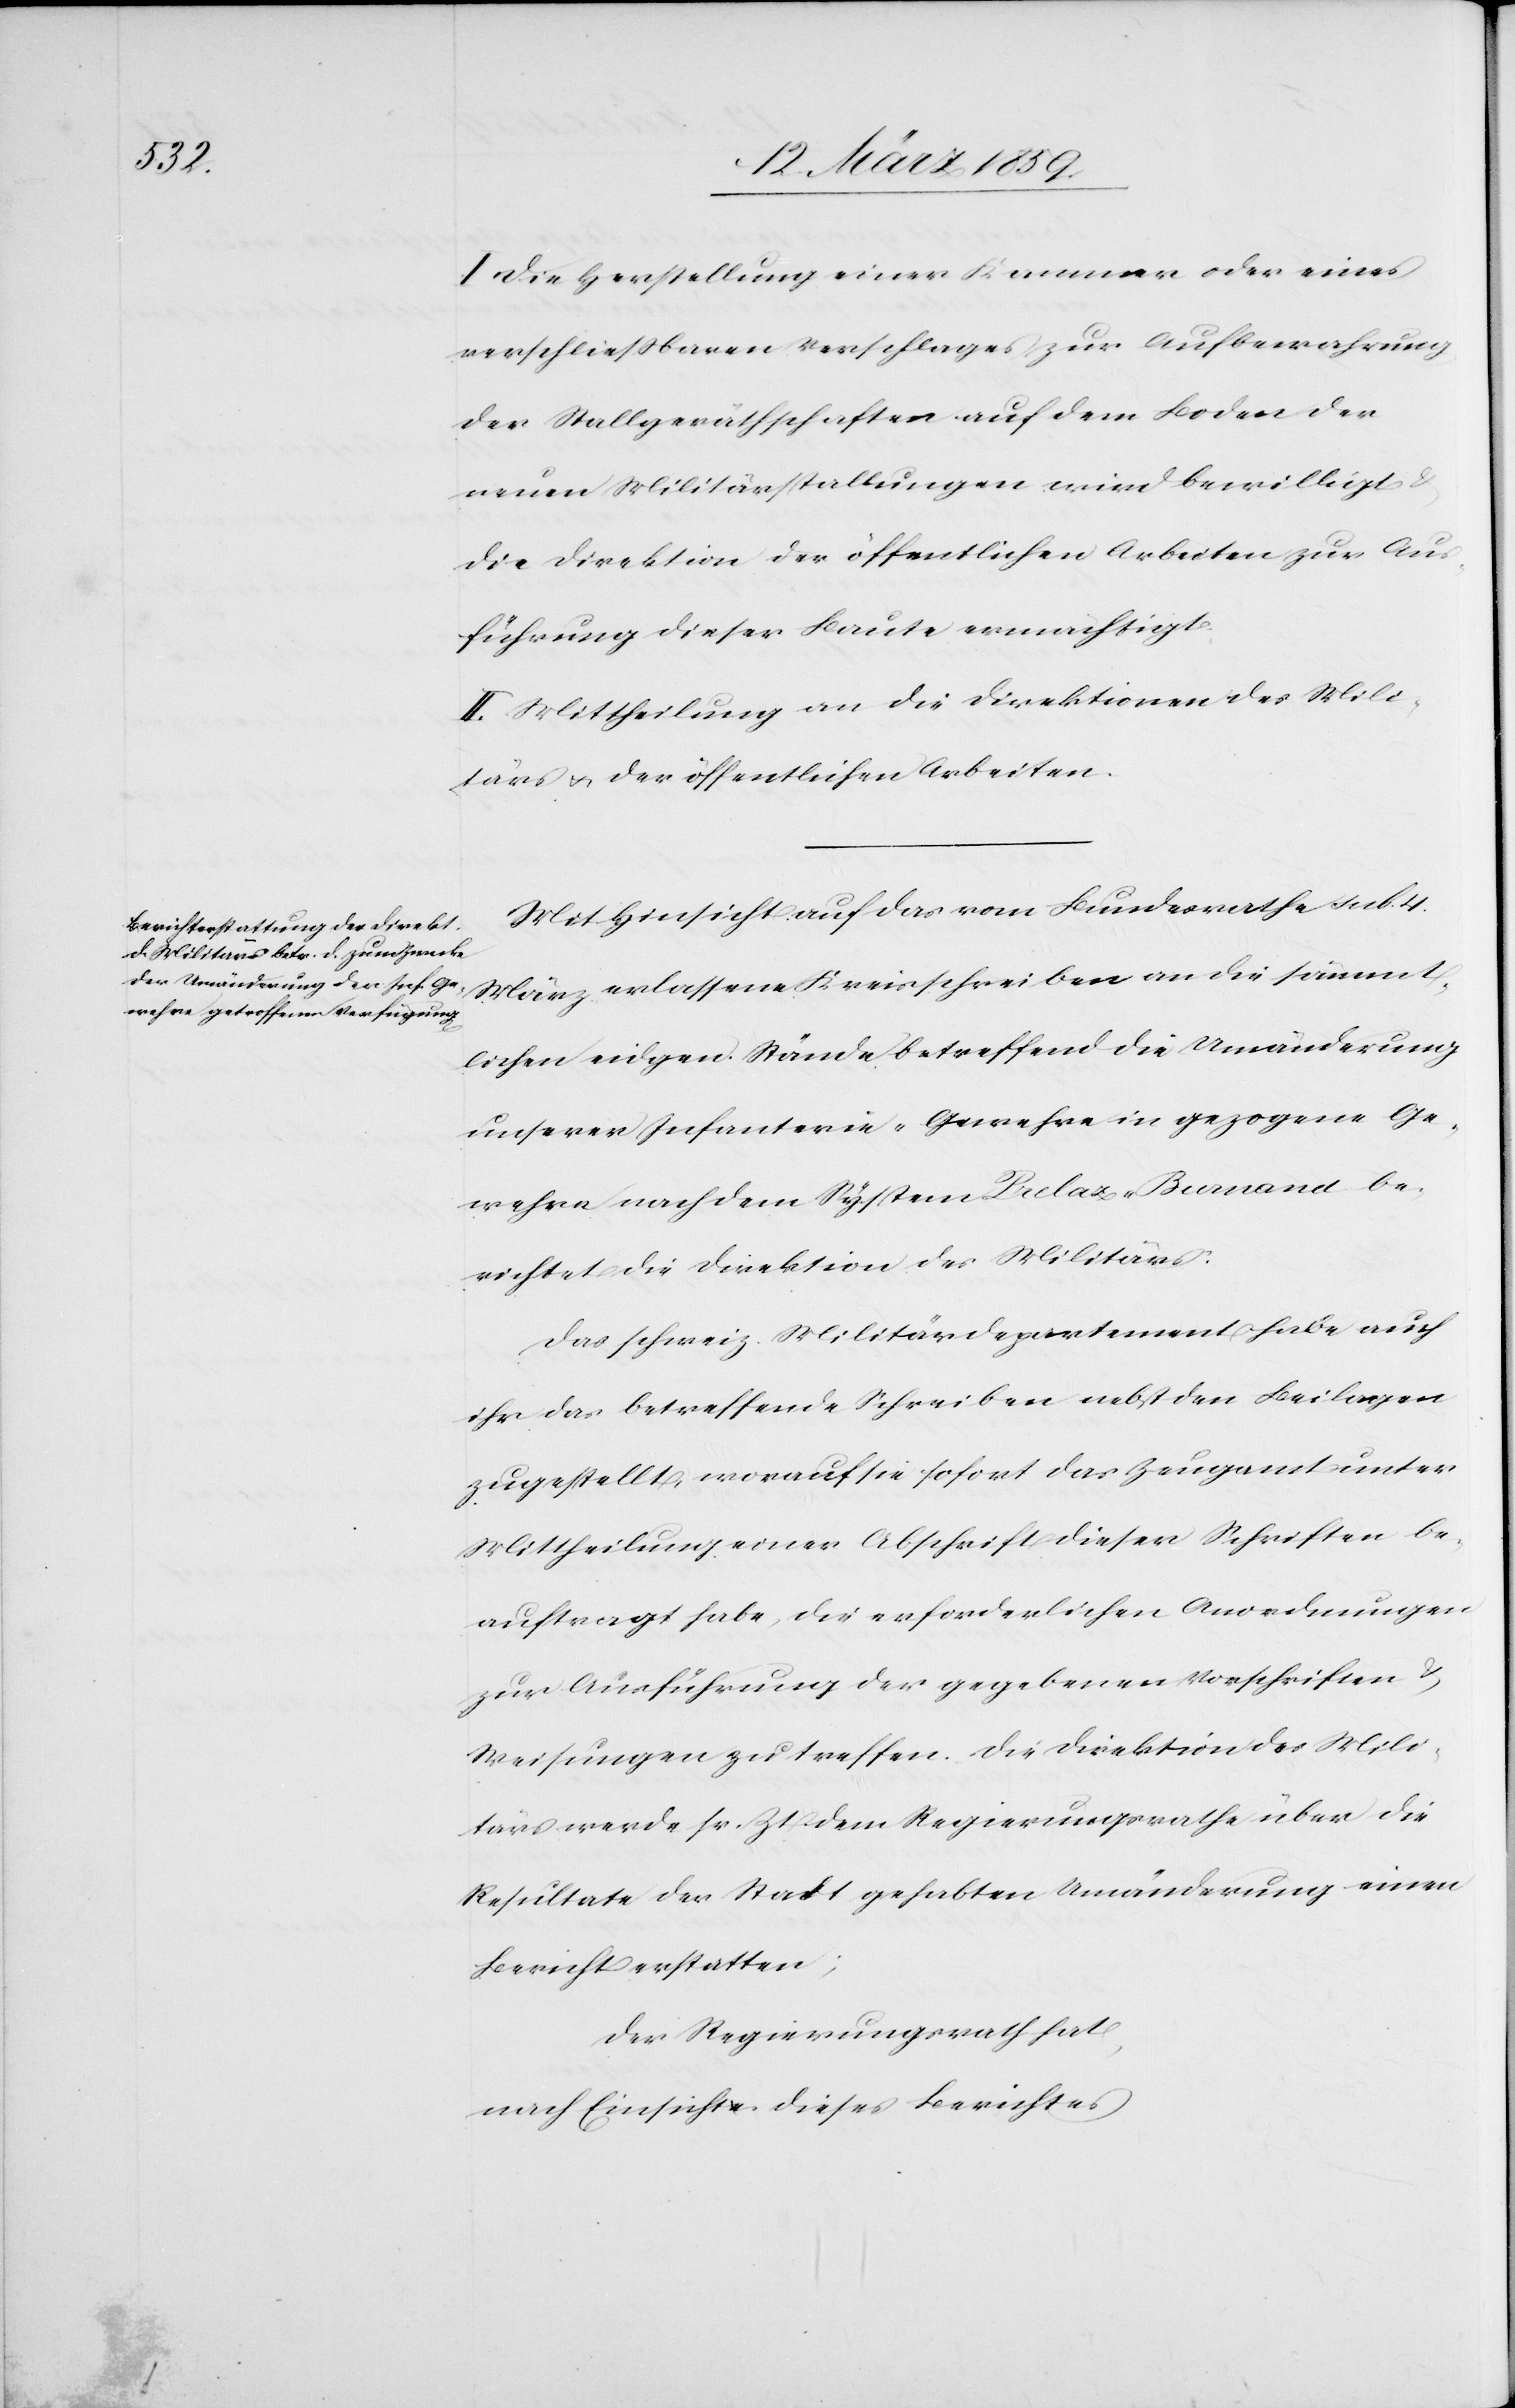
I. Die Herstellung einer Kammer oder eines
verschließbaren Verschlages zur Aufbewahrung
der Stallgeräthschaften auf dem Boden der
neuen Militärstallungen wird bewilligt
die Direktion der öffentlichen Arbeiten zur Aus¬
führung dieser Baute ermächtigt.
II. Mittheilung an die Direktionen des Mili¬
tärs u. der öffentlichen Arbeiten.
Mit Hinsicht auf das vom Bundesrathe sub. 4.
März erlassene Kreisschreiben an die sämmt¬
lichen eidgen. Stände betreffend die Umänderung
unserer Infanterie-Gewehre in gezogene Ge¬
wehre nach dem System Prelaz-Burnand be¬
richtet die Direktion des Militärs:
Das schweiz. Militärdepartement habe auch
ihr das betreffende Schreiben nebst den Beilagen
zugestellt, worauf sie sofort das Zeugamt unter
Mittheilung einer Abschrift dieser Schriften be¬
auftragt habe, die erforderlichen Anordnungen
zur Ausführung der gegebenen Vorschriften &
Weisungen zu treffen. Die Direktion des Mili¬
tärs werde sr. Zt. dem Regierungsrathe über die
Resultate der Statt gehabten Umänderung einen
Bericht erstatten;
Der Regierungsrath hat,
nach Einsicht dieses Berichtes